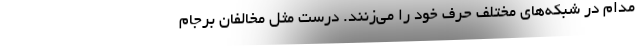
مدام در شبکه‌های مختلف حرف خود را می‌زنند. درست مثل مخالفان برجام